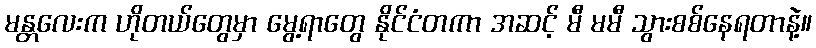
မန္တလေးက ဟိုတယ်တွေမှာ မွေ့ရာတွေ နိုင်ငံတကာ အဆင့် မီ မမီ သွားစစ်နေရတာနဲ့။